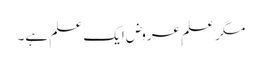
مگر علمِ عروض ایک علم ہے۔